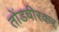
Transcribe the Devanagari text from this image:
तोंडचीरकर